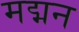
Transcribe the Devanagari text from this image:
मद्मन